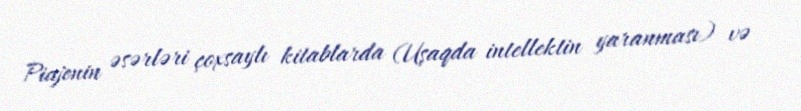
Piajenin əsərləri çoxsaylı kitablarda (Uşaqda intellektin yaranması) və